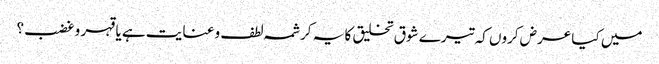
میں کیا عرض کروں کہ تیرے شوق تخلیق کا یہ کرشمہ لطف و عنایت ہے یا قہر و غضب؟